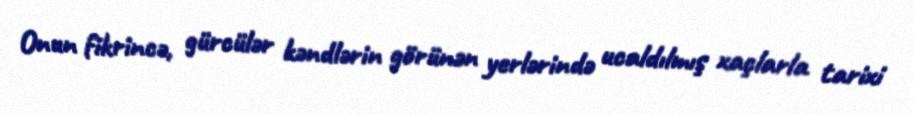
Onun fikrincə, gürcülər kəndlərin görünən yerlərində ucaldılmış xaçlarla tarixi